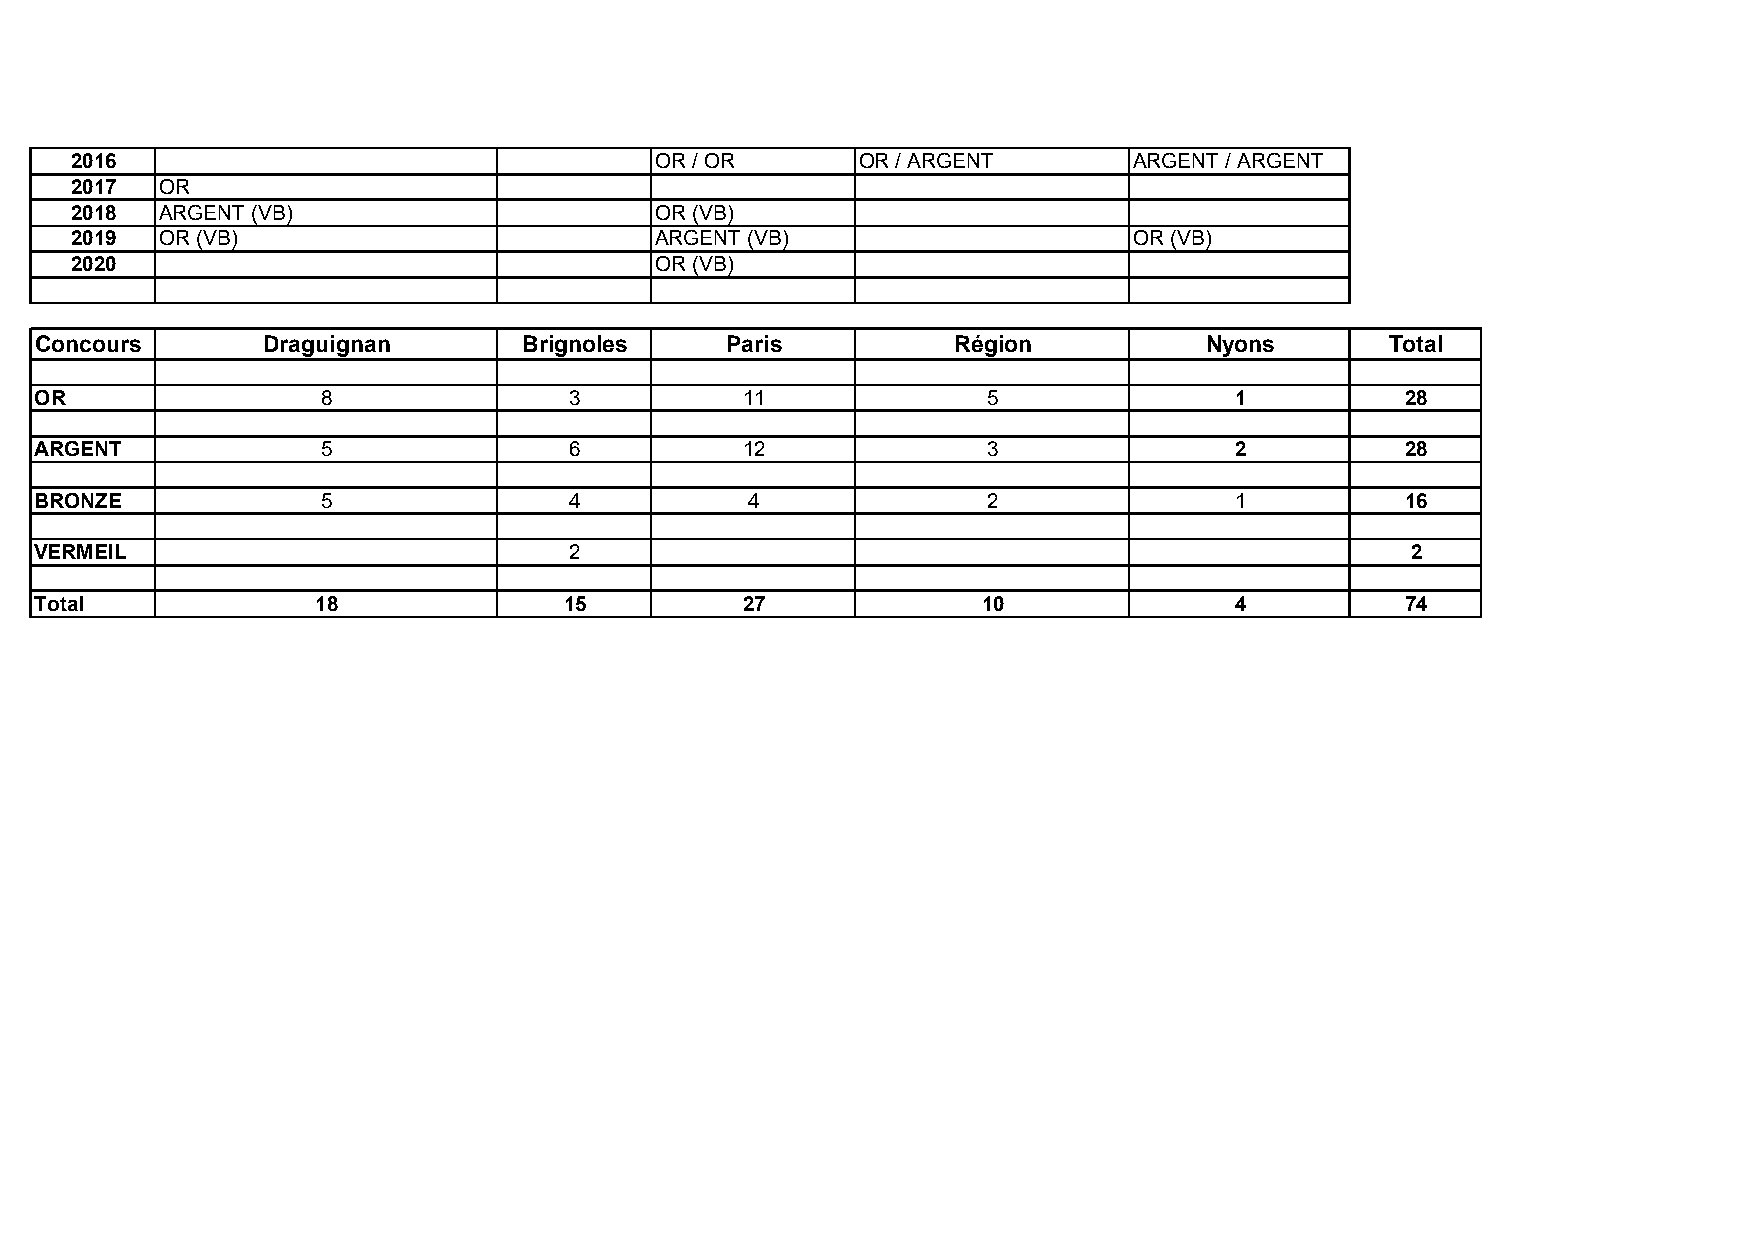
2016                                   OR / OR       OR / ARGENT       ARGENT / ARGENT
 2017  OR
 2018  ARGENT (VB)                      OR (VB)
 2019  OR (VB)                          ARGENT (VB)                     OR (VB)
 2020                                   OR (VB)
 Concours       Draguignan       Brignoles     Paris          Région          Nyons        Total
 OR                 8               3           11              5               1           28
 ARGENT             5               6           12              3               2           28
 BRONZE             5               4           4               2               1           16
 VERMEIL                            2                                                       2
 Total              18              15          27              10              4           74